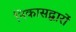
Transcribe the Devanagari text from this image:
निकासद्वारों